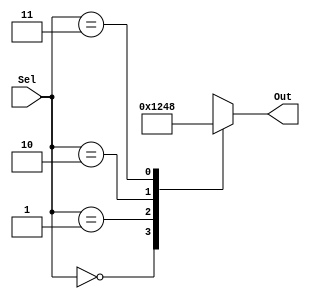
module generate_case (
    input [1:0] Sel,
    output reg [3:0] Out
    );

always @(*)
begin
    case (Sel)
        2'b00: Out = 4'b0001;
        2'b01: Out = 4'b0010;
        2'b10: Out = 4'b0100;
        2'b11: Out = 4'b1000;
    endcase
end

endmodule